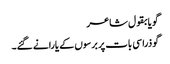
گویا بقول شاعر
گو ذرا سی بات پر برسوں کے یارانے گئے۔